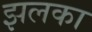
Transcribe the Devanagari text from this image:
झलका